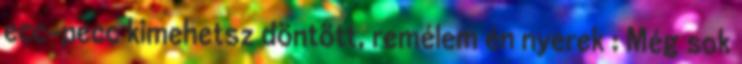
ecc-pecc kimehetsz döntött, remélem én nyerek : Még sok